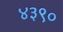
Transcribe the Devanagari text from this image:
४३९०